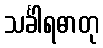
သင်္ခါရဓာတု